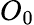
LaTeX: O_{0}